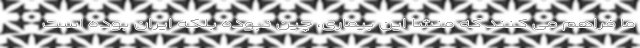
ما فراهم می کنند که منشا این بیماری، چین نبوده بلکه ایران بوده است